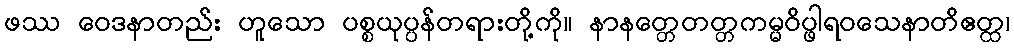
ဖဿ ဝေဒနာတည်း ဟူသော ပစ္စယုပ္ပန်တရားတို့ကို။ နာနတ္တေတတ္တကမ္မဝိပ္ဖါရဝသေနာတိဧတ္ထ၊